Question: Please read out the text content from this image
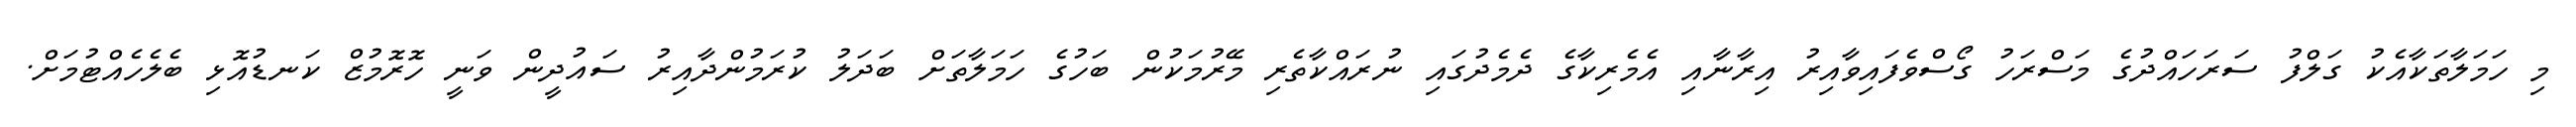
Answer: މި ހަމަލާތަކާއެކު ގަލްފު ސަރަހައްދުގެ މަސްރަހު ގޯސްވެފައިވާއިރު އިރާނާއި އެމެރިކާގެ ދެމެދުގައި ނުރައްކާތެރި މޭރުމަކުން ބަހުގެ ހަމަލާތަށް ބަދަލު ކުރަމުންދާއިރު ސައުދީން ވަނީ ހޮރޮމުޒް ކަނޑުއޮޅި ބެލެހެއްޓުމަށް.